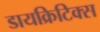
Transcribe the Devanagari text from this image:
डायक्रिटिक्स